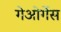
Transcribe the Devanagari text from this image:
गेओर्गेस